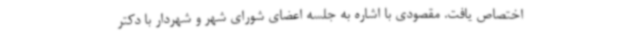
اختصاص یافت. مقصودی با اشاره به جلسه اعضای شورای شهر و شهردار با دکتر